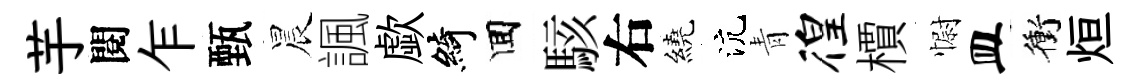
芋閱乍甄晨諷歔綺囬駭右繞沆青徨檟𢠢皿衝烜